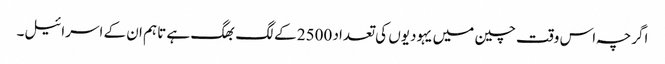
اگرچہ اس وقت چین میں یہودیوں کی تعداد 2500 کے لگ بھگ ہے تاہم ان کے اسرائیل۔